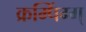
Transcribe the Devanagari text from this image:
क्रम्पिंग्ग्